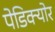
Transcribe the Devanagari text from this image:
पेडिक्‍योर